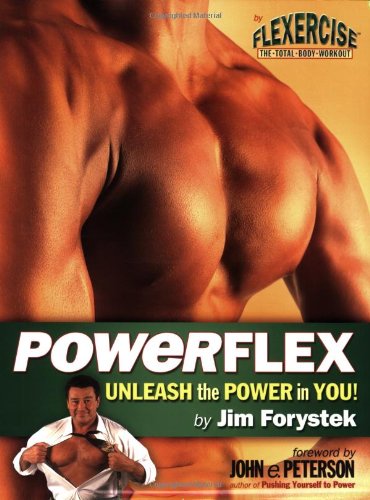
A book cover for Powerflex: Unleash the Power in You!; Jim Forystek; Health, Fitness & Dieting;